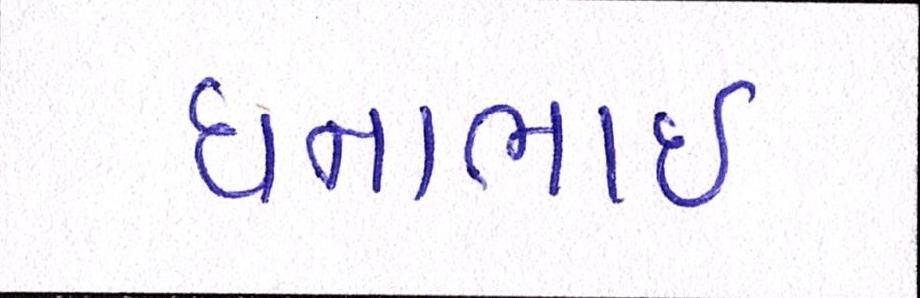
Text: ધનાભાઇ